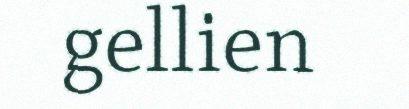
gellien